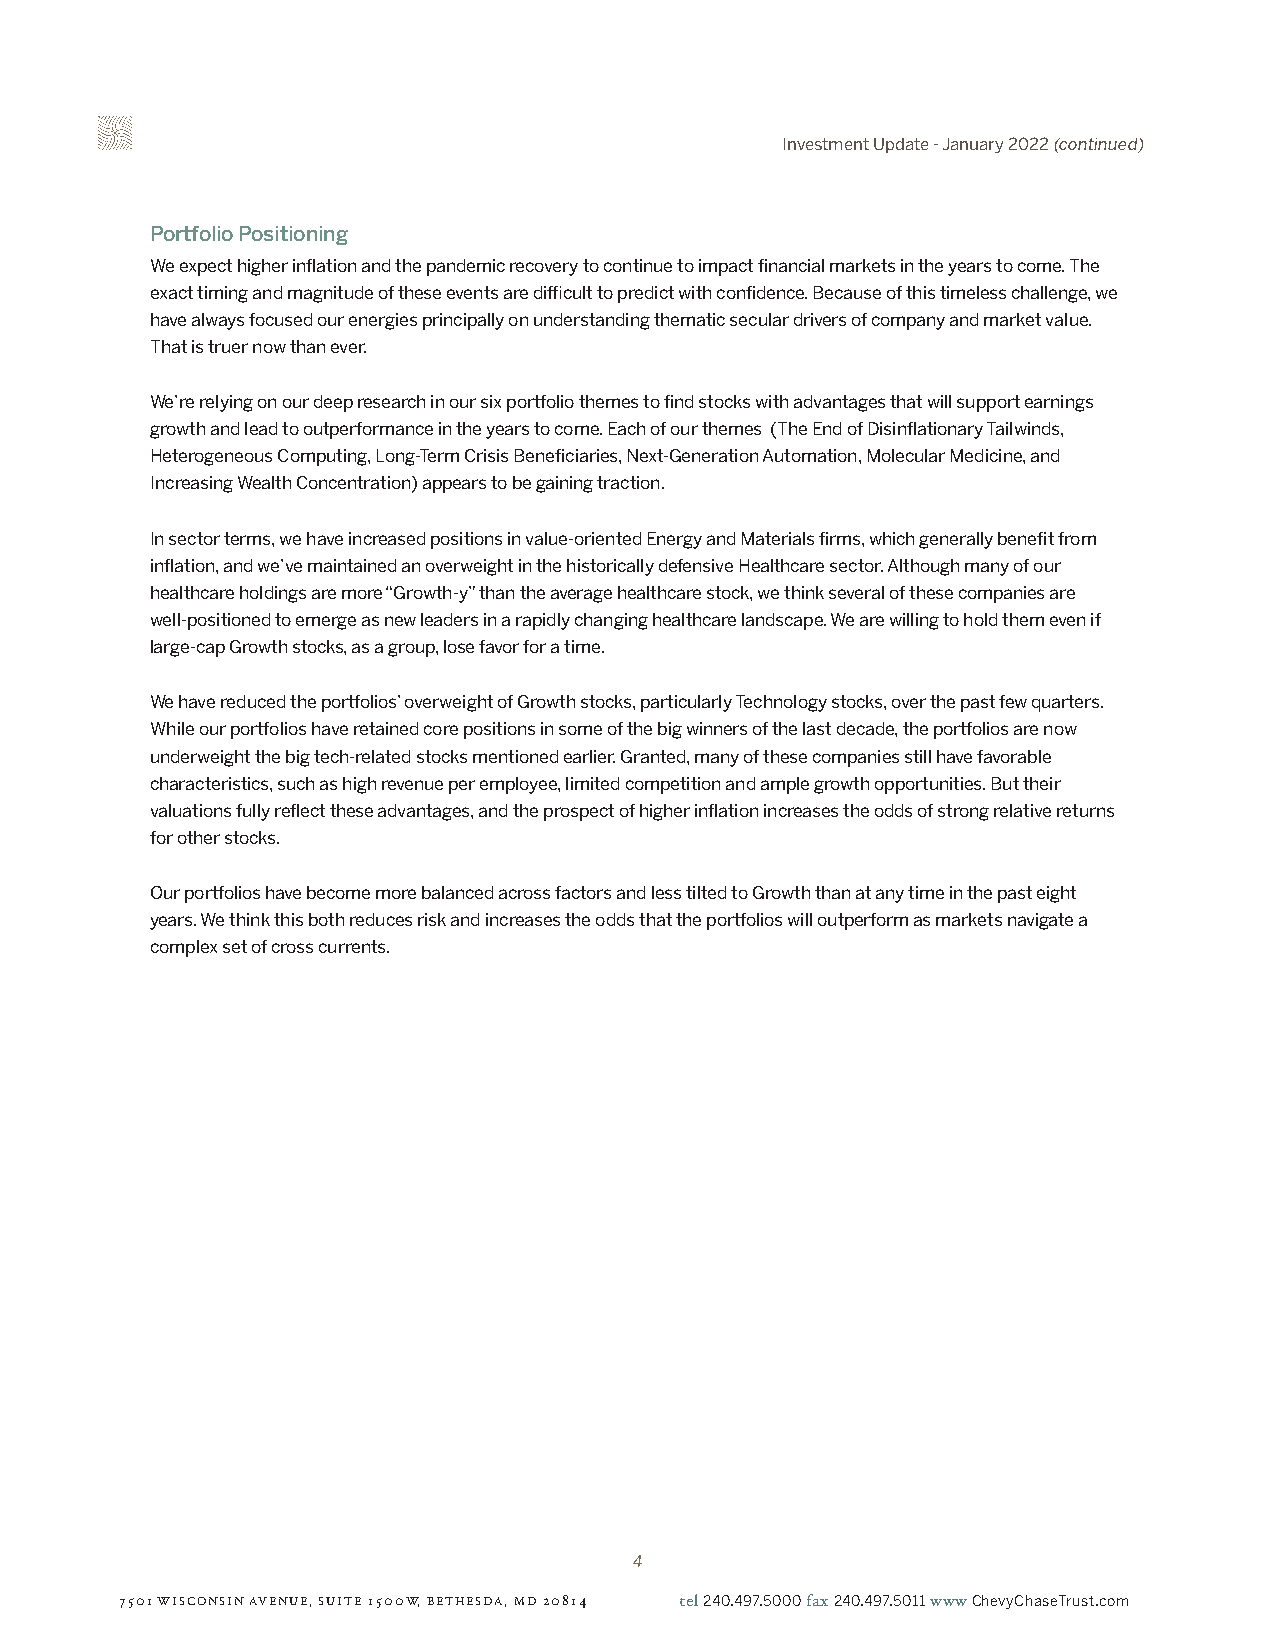
Investment Update - January 2022 (continued)
 Portfolio Positioning
 We expect higher inflation and the pandemic recovery to continue to impact financial markets in the years to come. The
 exact timing and magnitude of these events are difficult to predict with confidence. Because of this timeless challenge, we
 have always focused our energies principally on understanding thematic secular drivers of company and market value.
 That is truer now than ever.
 We’re relying on our deep research in our six portfolio themes to find stocks with advantages that will support earnings
 growth and lead to outperformance in the years to come. Each of our themes (The End of Disinflationary Tailwinds,
 Heterogeneous Computing, Long-Term Crisis Beneficiaries, Next-Generation Automation, Molecular Medicine, and
 Increasing Wealth Concentration) appears to be gaining traction.
 In sector terms, we have increased positions in value-oriented Energy and Materials firms, which generally benefit from
 inflation, and we’ve maintained an overweight in the historically defensive Healthcare sector. Although many of our
 healthcare holdings are more “Growth-y” than the average healthcare stock, we think several of these companies are
 well-positioned to emerge as new leaders in a rapidly changing healthcare landscape. We are willing to hold them even if
 large-cap Growth stocks, as a group, lose favor for a time.
 We have reduced the portfolios’ overweight of Growth stocks, particularly Technology stocks, over the past few quarters.
 While our portfolios have retained core positions in some of the big winners of the last decade, the portfolios are now
 underweight the big tech-related stocks mentioned earlier. Granted, many of these companies still have favorable
 characteristics, such as high revenue per employee, limited competition and ample growth opportunities. But their
 valuations fully reflect these advantages, and the prospect of higher inflation increases the odds of strong relative returns
 for other stocks.
 Our portfolios have become more balanced across factors and less tilted to Growth than at any time in the past eight
 years. We think this both reduces risk and increases the odds that the portfolios will outperform as markets navigate a
 complex set of cross currents.
 4
 7501 WISCONSIN AVENUE, SUITE 1500W, BETHESDA, MD 20814 tel 240.497.5000 fax 240.497.5011 www ChevyChaseTrust.com